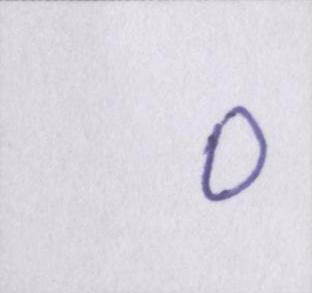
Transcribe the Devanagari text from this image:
०